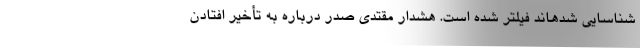
شناسایی شدهاند فیلتر شده است. هشدار مقتدی صدر درباره به تأخیر افتادن